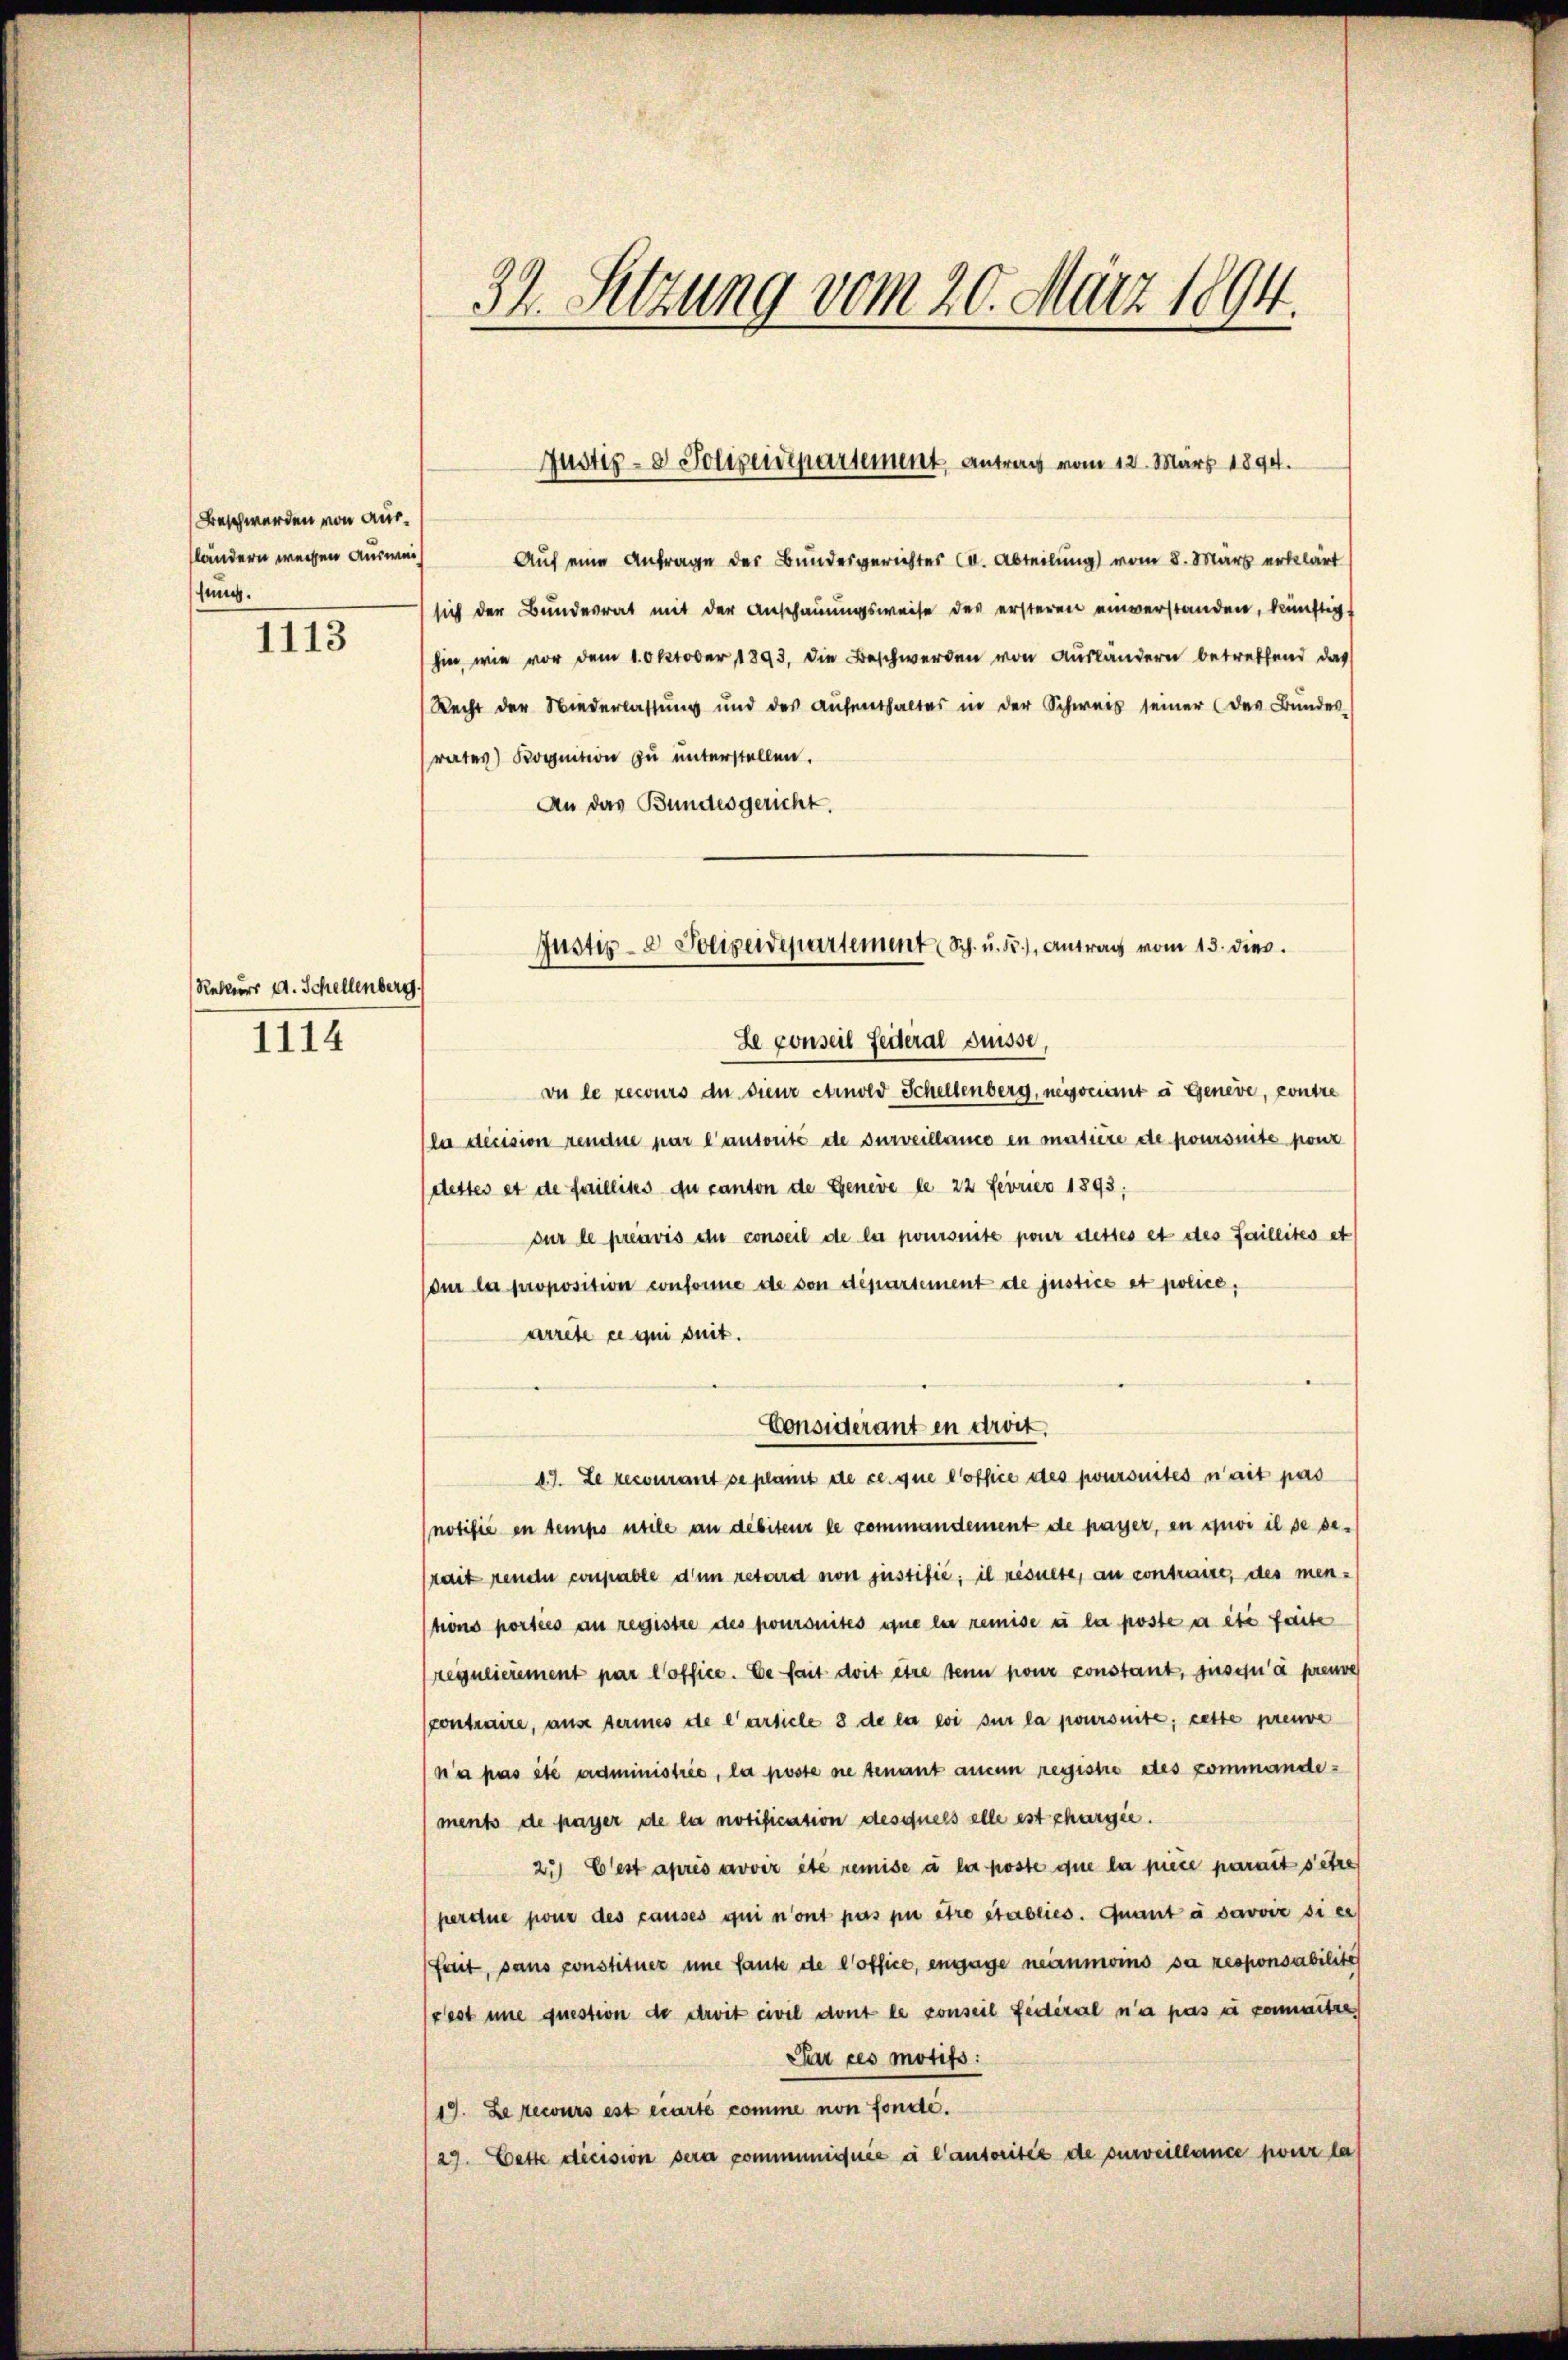
Beschwerden von Ausländern wegen Auswei
fung.
II13

Rekurs d. Schellenberg.

1114

32. Setzung vom 20. März 1894.

Justiz- & Polizeidepartement Antrag vom 12. März 1894.

Justiz- & Polizeidepartement Sch. u. 55), Antrag vom 13. dies.
Le conseil Seiteral Suisse,

Auf eine Anfrage des Bundesgerichtes CC. Abteilung vom 8. März erklärt
sich der Bundesrat mit der Anschauungsweise des ersteren einverstanden, künftigt
hin, wie vor dem 1. Oktober 1893, die Beschwerden von Ausländern betreffend das
Recht der Niederlassung und des Aŭfenthaltes in der Schweis seiner (das Bundes
rates) Kognition zu unterstellen.
An das Bundesgericht.
vie le recours der dienz etrnold Schellenberg, negociant à Geneve, contre
la décision rendue par l’autorité de surveillance en matière de poursuite ponz
dettes et de faillites du canton de Genere le 22 Ferner 1893.
sur le préavis du conseil de le poursuite pour dettes et des faillites et
dur la proposition consonne de von departement de justice et police,
arrete ce qui suit.
Considerant en droit,
19. Le recourant se plant de ce que l’office des poursuites n’ait pas
(notifié en tempo utile an debiteur le commandement de payer, en quoi il se serait rende conpable den retard von justifié; il resulte, an contraire, des mentions porties au registre des poursuites que le remise u la posse a été faite
regulierement par l’office. Ce fait doit être ten pour constant, jusqu’à preuve
contraire, ause series de l’article 3 de la loi sur la joursuite; cette preuve
n’a pas été administrie, la poste sie tenant ausen registre des zommande¬
(ments de payer de la notification desquels elle est chargie.
2. Cest après avoir été remise à la poste que la piece parait setze
perdue pour des causes qui n’ont pas pu être établies. Quant à savoir sie
fait, sans constituer une faute de l’office, engage neinmoms sa responsabilite
(fest une question de droit civil dont le conseil fédéral n’a pas e committe
Pur ces motifs:
19. Le secours est écarte comme non fondé.
29. Cette decision sera communiquée à l’autoritée de surveillance pour la